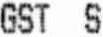
GST S